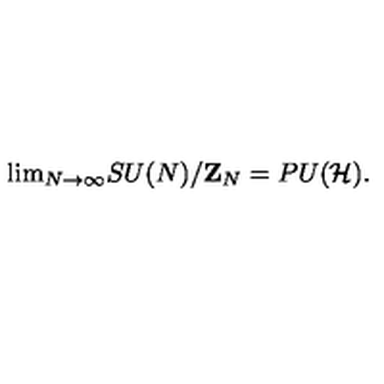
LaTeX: \mathrm { l i m } _ { N \to \infty } S U ( N ) / { \bf Z } _ { N } = P U ( { \cal H } ) .